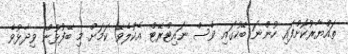
ތައްޔާރުކޮށްފައި ހުންނަ ބޭހުގައި ވެސް ނައިޓްރޭޓް އެކުލެވޭ ކަމަށް މި ބޭފުޅުން ވިދާޅުވެ